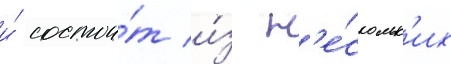
и́ состои́т и́з н'е́скольк'их